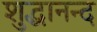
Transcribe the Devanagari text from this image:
शुद्धानन्द